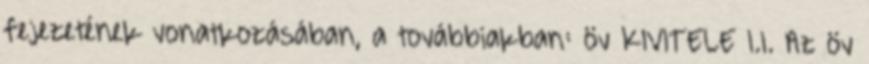
fejezetének vonatkozásában, a továbbiakban: öv KIVITELE 1.1. Az öv